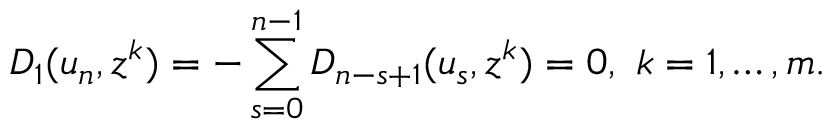
D _ { 1 } ( u _ { n } , z ^ { k } ) = - \sum _ { s = 0 } ^ { n - 1 } D _ { n - s + 1 } ( u _ { s } , z ^ { k } ) = 0 , \ k = 1 , \dots , m .